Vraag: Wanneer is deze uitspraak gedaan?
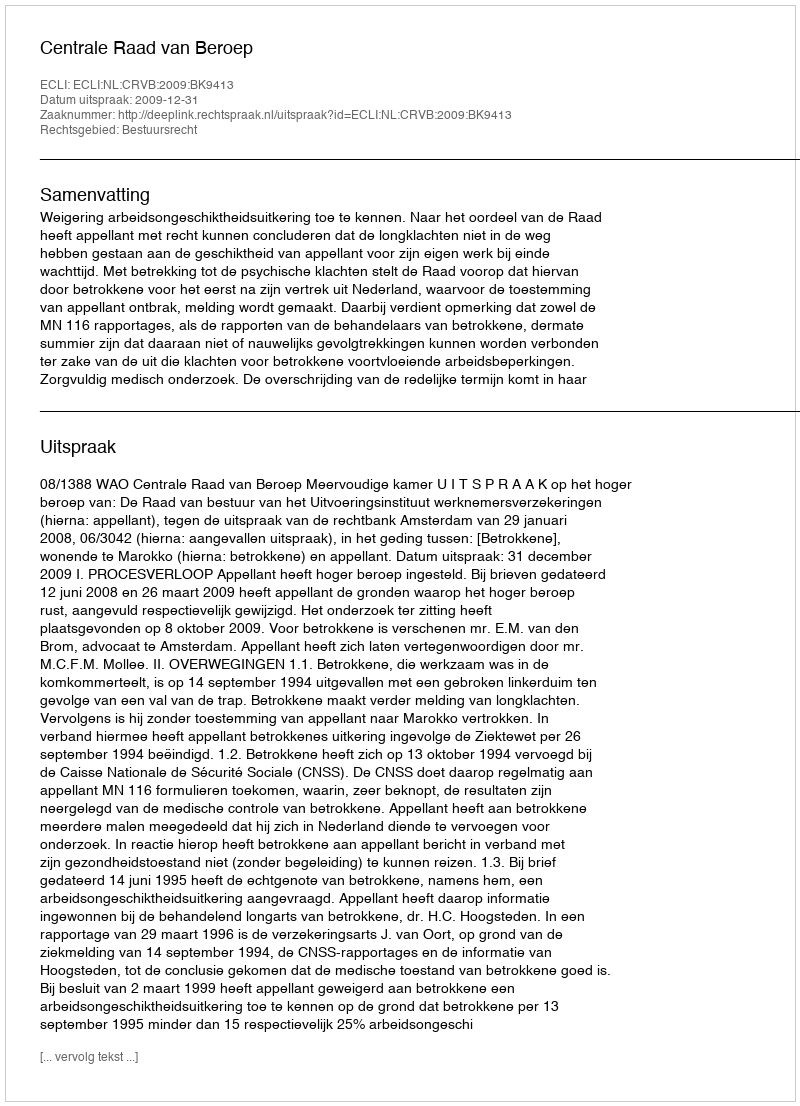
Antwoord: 2009-12-31